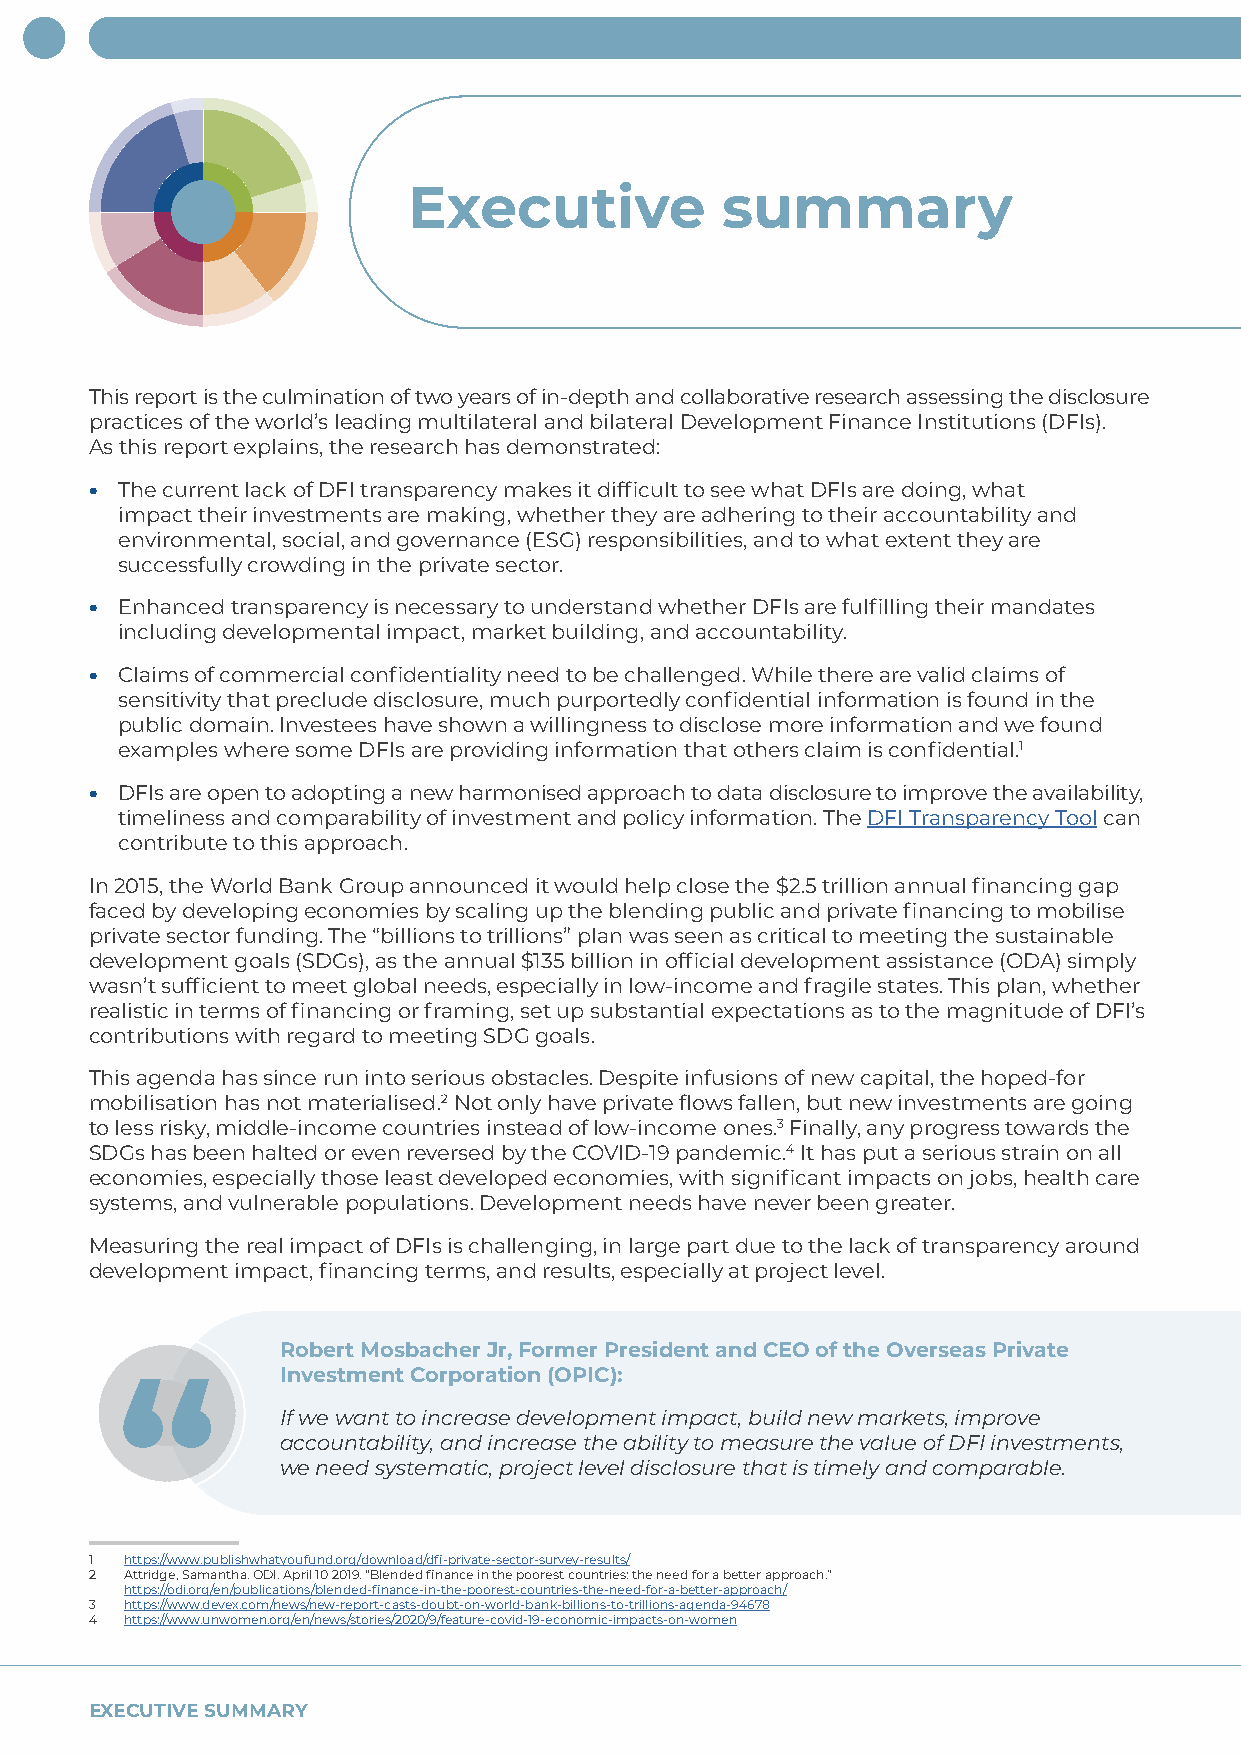
Executive            summary
 This report is the culmination of two years of in-depth and collaborative research assessing the disclosure
 practices of the world’s leading multilateral and bilateral Development Finance Institutions (DFIs).
 As this report explains, the research has demonstrated:
 • The current lack of DFI transparency makes it difficult to see what DFIs are doing, what
 impact their investments are making, whether they are adhering to their accountability and
 environmental, social, and governance (ESG) responsibilities, and to what extent they are
 successfully crowding in the private sector.
 • Enhanced transparency is necessary to understand whether DFIs are fulfilling their mandates
 including developmental impact, market building, and accountability.
 • Claims of commercial confidentiality need to be challenged. While there are valid claims of
 sensitivity that preclude disclosure, much purportedly confidential information is found in the
 public domain. Investees have shown a willingness to disclose more information and we found
 examples where some DFIs are providing information that others claim is confidential.1
 • DFIs are open to adopting a new harmonised approach to data disclosure to improve the availability,
 timeliness and comparability of investment and policy information. The DFI Transparency Tool can
 contribute to this approach.
 In 2015, the World Bank Group announced it would help close the $2.5 trillion annual financing gap
 faced by developing economies by scaling up the blending public and private financing to mobilise
 private sector funding. The “billions to trillions” plan was seen as critical to meeting the sustainable
 development goals (SDGs), as the annual $135 billion in official development assistance (ODA) simply
 wasn’t sufficient to meet global needs, especially in low-income and fragile states. This plan, whether
 realistic in terms of financing or framing, set up substantial expectations as to the magnitude of DFI’s
 contributions with regard to meeting SDG goals.
 This agenda has since run into serious obstacles. Despite infusions of new capital, the hoped-for
 mobilisation has not materialised.2 Not only have private flows fallen, but new investments are going
 to less risky, middle-income countries instead of low-income ones.3 Finally, any progress towards the
 SDGs has been halted or even reversed by the COVID-19 pandemic.4 It has put a serious strain on all
 economies, especially those least developed economies, with significant impacts on jobs, health care
 systems, and vulnerable populations. Development needs have never been greater.
 Measuring the real impact of DFIs is challenging, in large part due to the lack of transparency around
 development impact, financing terms, and results, especially at project level.
 Robert Mosbacher Jr, Former President and CEO of the Overseas Private
 Investment Corporation (OPIC):
 If we want to increase development impact, build new markets, improve
 accountability, and increase the ability to measure the value of DFI investments,
 we need systematic, project level disclosure that is timely and comparable.
 1 https://www.publishwhatyoufund.org/download/dfi-private-sector-survey-results/
 2 Attridge, Samantha. ODI. April 10 2019. “Blended finance in the poorest countries: the need for a better approach.”
 https://odi.org/en/publications/blended-finance-in-the-poorest-countries-the-need-for-a-better-approach/
 3 https://www.devex.com/news/new-report-casts-doubt-on-world-bank-billions-to-trillions-agenda-94678
 4 https://www.unwomen.org/en/news/stories/2020/9/feature-covid-19-economic-impacts-on-women
 EXECUTIVE SUMMARY